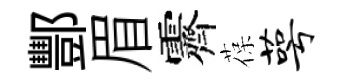
酆眉霽葆萼